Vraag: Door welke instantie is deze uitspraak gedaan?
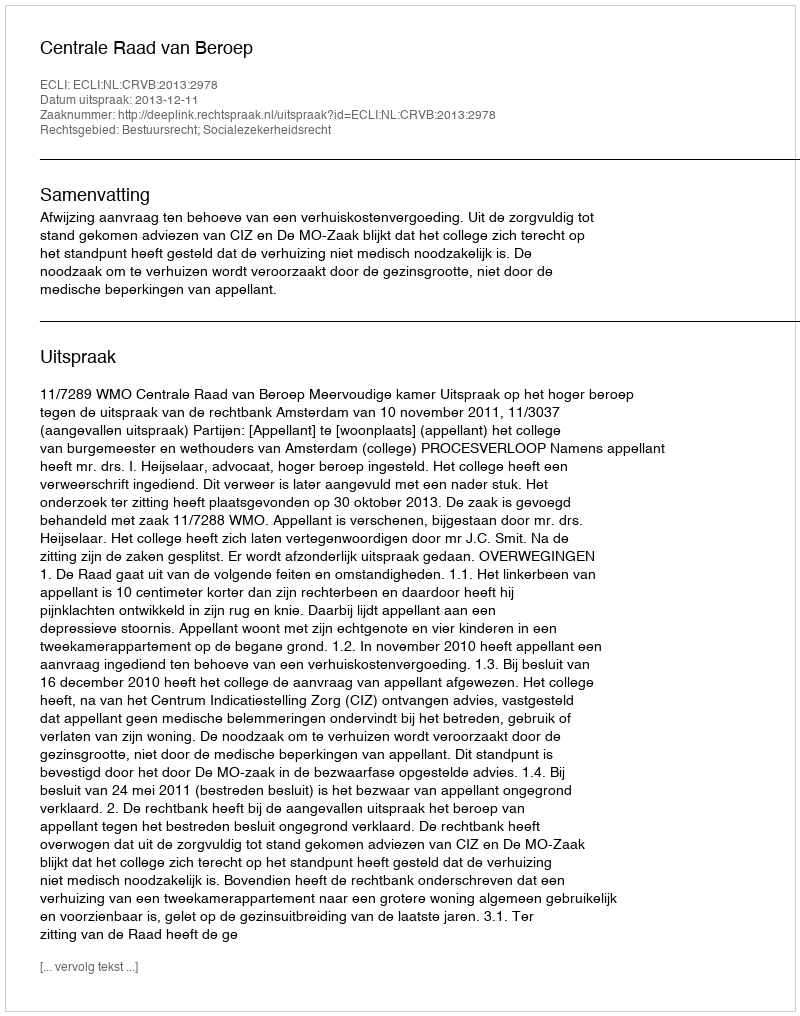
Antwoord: Centrale Raad van Beroep